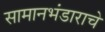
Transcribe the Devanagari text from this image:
सामानभंडाराचे